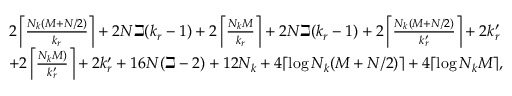
\begin{array} { r l } & { 2 \left\lceil \frac { N _ { k } ( M + N / 2 ) } { k _ { r } } \right\rceil + 2 N \beth ( k _ { r } - 1 ) + 2 \left\lceil \frac { N _ { k } M } { k _ { r } } \right\rceil + 2 N \beth ( k _ { r } - 1 ) + 2 \left\lceil \frac { N _ { k } ( M + N / 2 ) } { k _ { r } ^ { \prime } } \right\rceil + 2 k _ { r } ^ { \prime } } \\ & { + 2 \left\lceil \frac { N _ { k } M ) } { k _ { r } ^ { \prime } } \right\rceil + 2 k _ { r } ^ { \prime } + 1 6 N ( \beth - 2 ) + 1 2 N _ { k } + 4 \lceil \log N _ { k } ( M + N / 2 ) \rceil + 4 \lceil \log N _ { k } M \rceil , } \end{array}